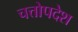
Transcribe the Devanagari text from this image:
चत्तोपदेश